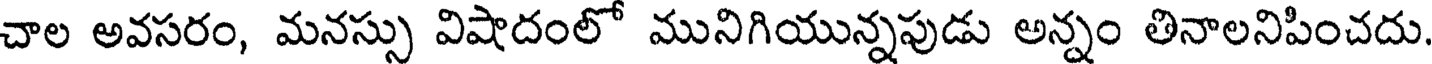
చాల అవసరం, మనస్సు విషాదంలో మునిగియున్నపుడు అన్నం తినాలనిపించదు